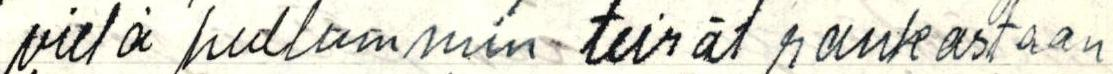
vielä hullummin teirät rankastaan